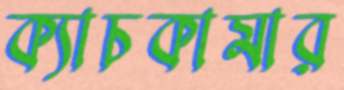
ক্যাচকামার